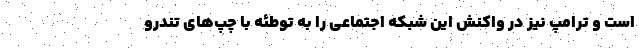
است و ترامپ نیز در واکنش این شبکه اجتماعی را به توطئه با چپ‌های تندرو